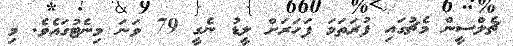
ޗެލްސީން މެޗުގައި ފުރަތަމަ ފަހަރަށް ލީޑު ނެގީ 79 ވަނަ މިނެޓުގައެވެ. މި